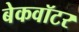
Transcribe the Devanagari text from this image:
बेकवॉटर